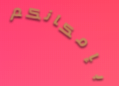
بإمكانكم